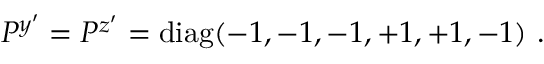
P ^ { y ^ { \prime } } = P ^ { z ^ { \prime } } = \mathrm { d i a g } ( - 1 , - 1 , - 1 , + 1 , + 1 , - 1 ) ~ . ~ \,